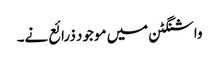
واشنگٹن میں موجود ذرائع نے۔